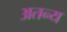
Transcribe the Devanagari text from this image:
अतन्य